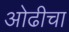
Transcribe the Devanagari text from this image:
ओढीचा